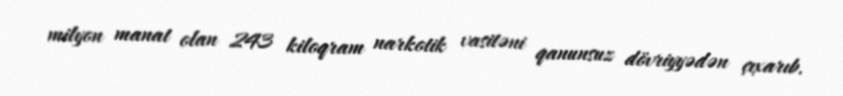
milyon manat olan 243 kiloqram narkotik vasitəni qanunsuz dövriyyədən çıxarıb.